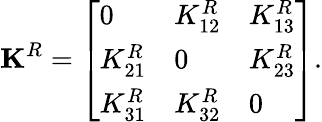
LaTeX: \mathbf{K}^{R}=\left[\begin{array}{lll}{0}&{K_{12}^{R}}&{K_{13}^{R}}\\ {K_{21}^{R}}&{0}&{K_{23}^{R}}\\ {K_{31}^{R}}&{K_{32}^{R}}&{0}\end{array}\right].